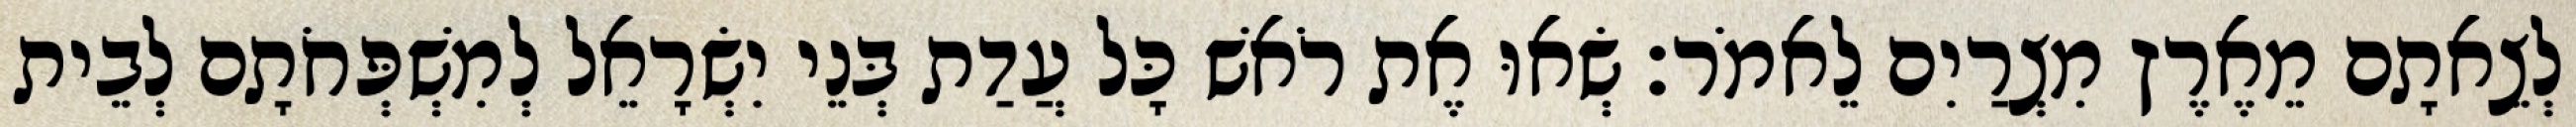
לְצֵאתָם מֵאֶרֶץ מִצְרַיִם לֵאמֹר׃ שְׂאוּ אֶת רֹאשׁ כָּל עֲדַת בְּנֵי יִשְׂרָאֵל לְמִשְׁפְּחֹתָם לְבֵית